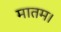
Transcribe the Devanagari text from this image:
मातम।